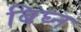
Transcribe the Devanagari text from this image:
बिघ्न